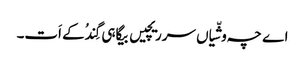
اے چہ وشّیاں سرریچیں بیگاہی گِندُکے اَت۔